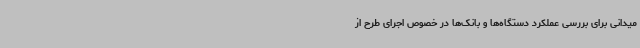
میدانی برای بررسی عملکرد دستگاه‌ها و بانک‌ها در خصوص اجرای طرح از